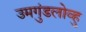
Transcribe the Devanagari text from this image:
उमगुंडलोव्हु